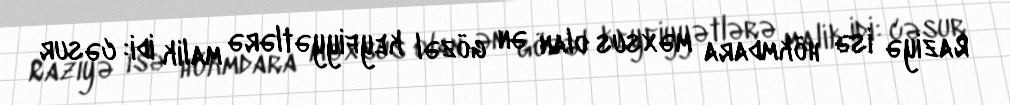
Raziyə isə hökmdara məxsus olan ən gözəl keyfiyyətlərə malik idi: cəsur